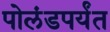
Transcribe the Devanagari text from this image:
पोलंडपर्यंत